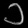
Digit: ၁